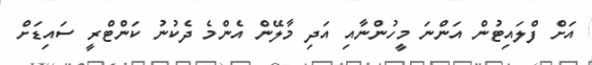
އަށް ފްލައިޓުން އަންނަ މީހުންނާއި އަދި މާލޭން އެންމެ ދެކުނު ކަންޓްރީ ސައިޑަށް